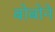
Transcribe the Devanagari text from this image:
बोबोने